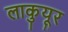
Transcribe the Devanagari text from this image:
लाकुयूर